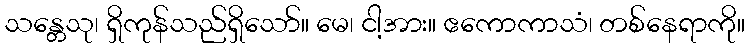
သန္တေသု၊ ရှိကုန်သည်ရှိသော်။ မေ၊ ငါ့အား။ ဧကောကာသံ၊ တစ်နေရာကို။